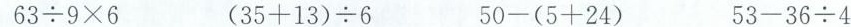
$$63\div 9\times 6$$ $$(35+13)\div 6$$ $$50-(5+24)$$ $$53-36\div 4$$